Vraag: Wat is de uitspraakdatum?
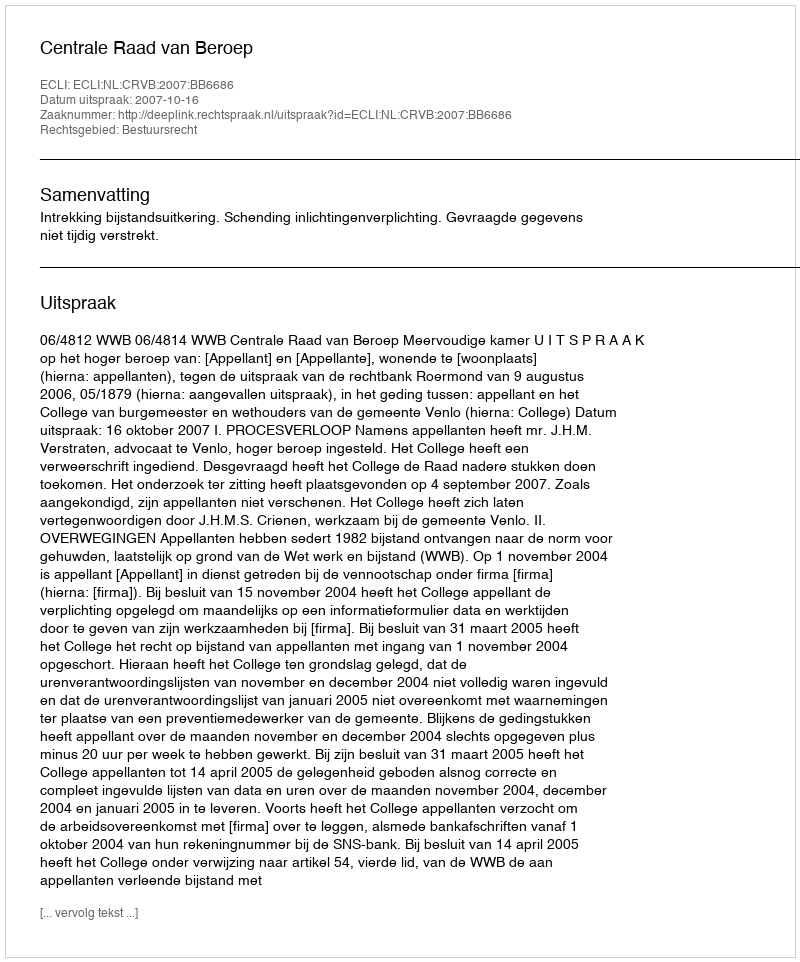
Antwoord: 2007-10-16